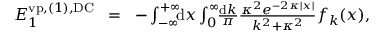
\begin{array} { r l r } { { \cal E } _ { 1 } ^ { \ensuremath { \mathrm { v p } } , ( 1 ) , \mathrm { D C } } \! } & { = } & { \! - \int _ { - \infty } ^ { + \infty } \! \! \! \mathrm { d } x \int _ { 0 } ^ { \infty } \! \! \frac { \mathrm d k } { \pi } \frac { \kappa ^ { 2 } e ^ { - 2 \kappa | x | } } { k ^ { 2 } + \kappa ^ { 2 } } f _ { k } ( x ) , } \end{array}